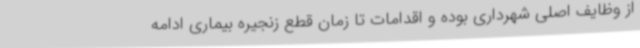
از وظایف اصلی شهرداری بوده و اقدامات تا زمان قطع زنجیره بیماری ادامه